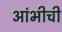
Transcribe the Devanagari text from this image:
आंभीची